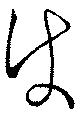
使